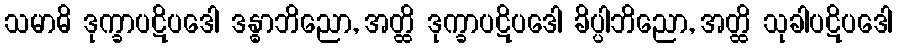
သမာဓိ ဒုက္ခာပဋိပဒေါ ဒန္ဓာဘိညော, အတ္ထိ ဒုက္ခာပဋိပဒေါ ခိပ္ပါဘိညော, အတ္ထိ သုခါပဋိပဒေါ